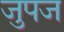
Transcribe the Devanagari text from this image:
जुपज